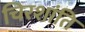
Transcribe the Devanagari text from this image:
चिरशांति